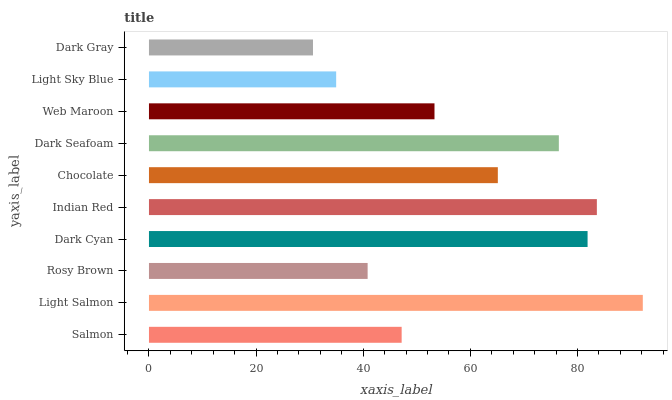
| yaxis_label | bars |
 | --- | --- |
 | Salmon | 47.2 |
 | Light Salmon | 92.2 |
 | Rosy Brown | 40.8 |
 | Dark Cyan | 81.9 |
 | Indian Red | 83.6 |
 | Chocolate | 65.1 |
 | Dark Seafoam | 76.5 |
 | Web Maroon | 53.3 |
 | Light Sky Blue | 35 |
 | Dark Gray | 30.6 |